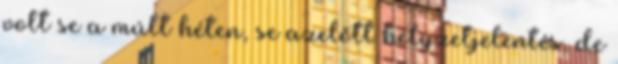
volt se a múlt héten, se azelőtt helyzetjelentés, de